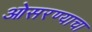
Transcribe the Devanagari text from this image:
ओसरण्याचा